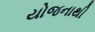
યોજનાથી